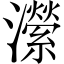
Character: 瀠